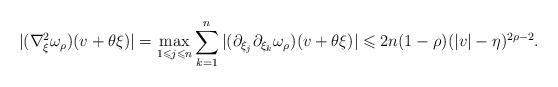
LaTeX: \begin{align*}|(\nabla_\xi^2\omega_\rho)(v+\theta\xi)|=\max_{1\leqslant j\leqslant n}\sum_{k=1}^n|(\partial_{\xi_j}\partial_{\xi_k}\omega_\rho)(v+\theta\xi)|\leqslant2n(1-\rho)(|v|-\eta)^{2\rho-2}.\end{align*}